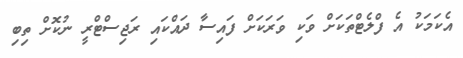
އެކަމަކު އެ ފްލެޓްތަކަށް ވަކި ވަރަކަށް ފައިސާ ދައްކައި ރަޖިސްޓްރީ ނުކޮށް ތިބި